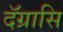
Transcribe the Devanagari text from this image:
दॅग्रासि